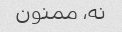
نه، ممنون